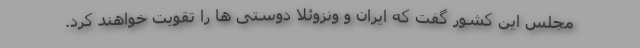
مجلس این کشور گفت که ایران و ونزوئلا دوستی ها را تقویت خواهند کرد.